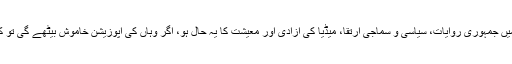
سوال یہ ہے کہ جس ملک میں جمہوری روایات، سیاسی و سماجی ارتقا، میڈیا کی آزادی اور معیشت کا یہ حال ہو، اگر وہاں کی اپوزیشن خاموش بیٹھے گی تو کیا یہ قومی جرم نہیں ہو گا؟